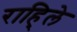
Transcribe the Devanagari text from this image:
राहि्ले